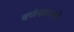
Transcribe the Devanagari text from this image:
वर्णनकाव्यों